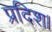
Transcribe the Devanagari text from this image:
प्रदिश।